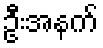
ဦးအနက်